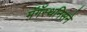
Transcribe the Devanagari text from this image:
मॅगॅस्थनिसने